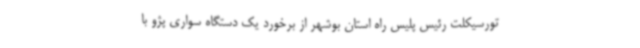
تورسیکلت رئیس پلیس راه استان بوشهر از برخورد یک دستگاه سواری پژو با